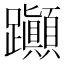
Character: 𨈀